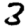
Digit: 3